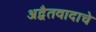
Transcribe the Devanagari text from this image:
अद्वैतवादाचे